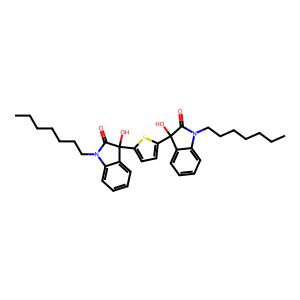
SMILES: CCCCCCCN1C(=O)C(O)(c2ccc(C3(O)C(=O)N(CCCCCCC)c4ccccc43)s2)c2ccccc21
Inhibits HIV replication: No